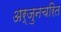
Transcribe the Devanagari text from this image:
अर्जुनचरित